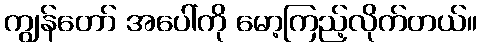
ကျွန်တော် အပေါ်ကို မော့ကြည့်လိုက်တယ်။